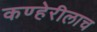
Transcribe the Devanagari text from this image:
कण्हेरीलाच